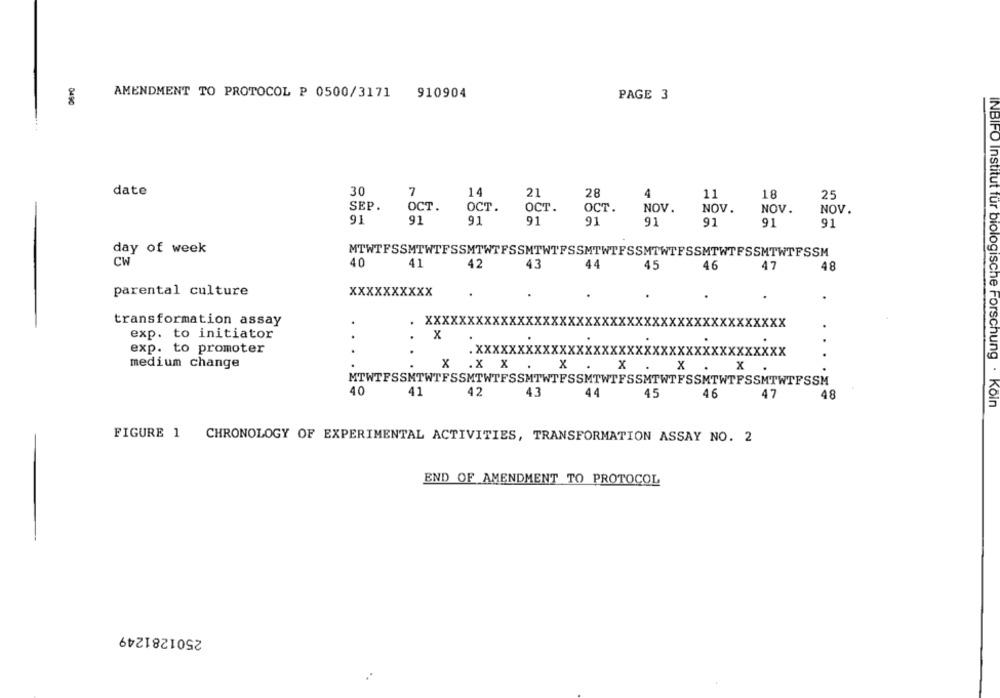
AMENDMENT TO PROTOCOL P 0500/3171
910904
PAGE 3
049C
date
30
7
14
21
28
4
11
18
25
SEP.
OCT.
OCT.
OCT.
OCT.
NOV.
NOV.
NOV.
NOV.
91
91
91
91
91
91
91
91
91
day of week
MTWTFSSMTWTFSSMTWTFSSMTWTFSSMTWTFSSMTWTFSSMTWTFSSMTWTFSSM
CW
40
41
42
43
44
45
46
47
48
parental culture
xxxxxxxxxx
transformation assay
XXXXXXXXXXXXXX
XXX
XX:
xx
exp. to initiator
..
X
.
exp. to promoter
. xxxxxxxxxxxxxxxxxxxxxxxxxxxxxxxxxxxxx
medium change
X . X X . X .
x
x
X
MTWTFSSMTWTFSSMTWTFSSMTWTFSSMTWTFSSMTWTFSSMTWTFSSMTWTFSSM
40
41
42
43
44
45
46
47
48
INBIFO Institut fur biologische Forschung . Koin
FIGURE 1
CHRONOLOGY OF EXPERIMENTAL ACTIVITIES, TRANSFORMATION ASSAY NO. 2
END OF AMENDMENT TO PROTOCOL
2501281249